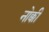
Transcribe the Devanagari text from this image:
नोक्की